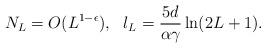
LaTeX: \begin{align*}N_L = O(L^{1-\epsilon}), ~~ l_L = \frac{5d}{\alpha \gamma} \ln(2L+1).\end{align*}